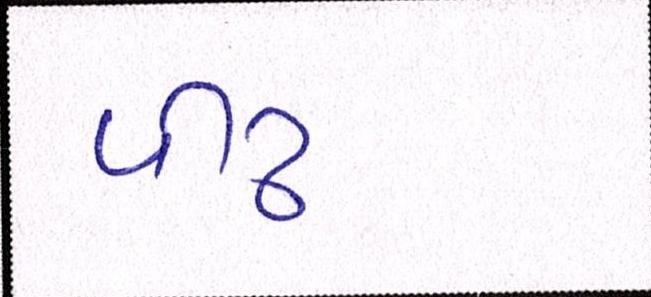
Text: પીઢ